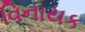
વિનાયક